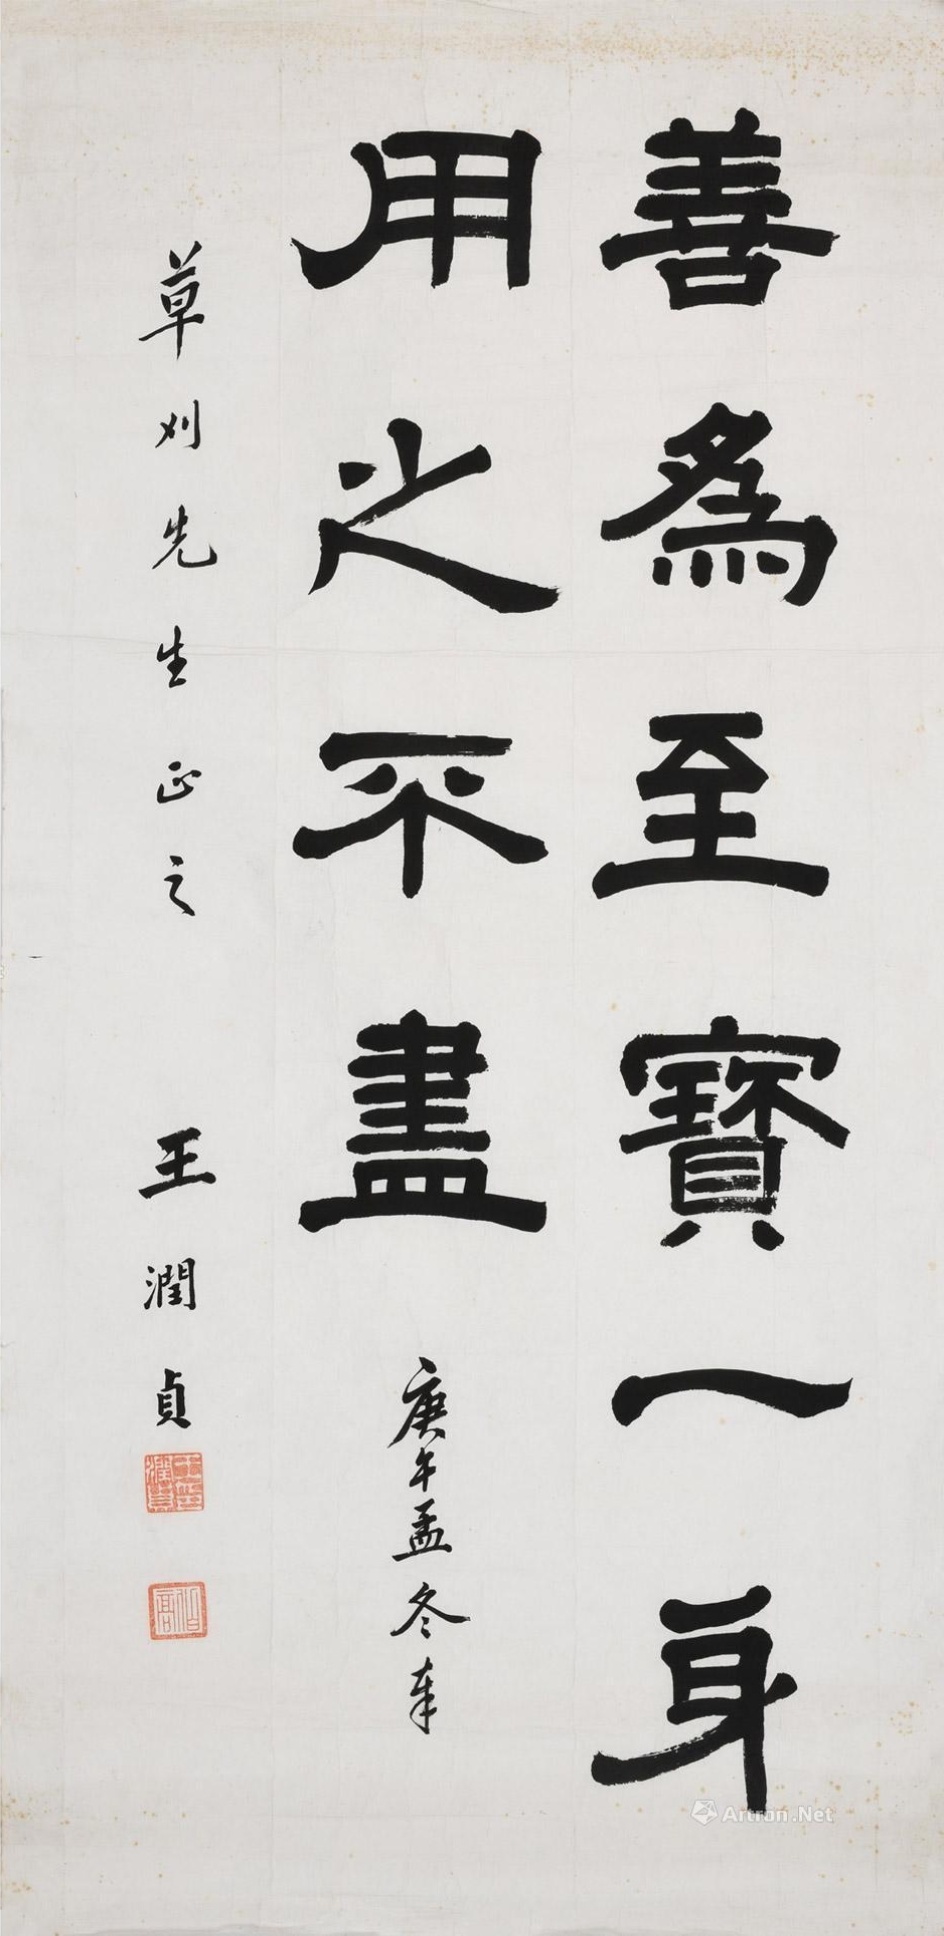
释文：云鬟照玉汶，草刈君，士诒。庚午孟冬年，草刈先生正之，王润贞。